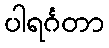
ပါရင်္ဂတာ